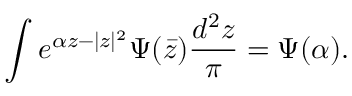
\int e ^ { \alpha z - | z | ^ { 2 } } \Psi ( \bar { z } ) { \frac { d ^ { 2 } z } { \pi } } = \Psi ( \alpha ) .